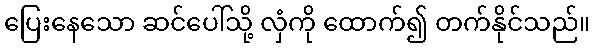
ပြေးနေသော ဆင်ပေါ်သို့ လှံကို ထောက်၍ တက်နိုင်သည်။